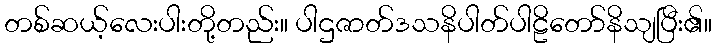
တစ်ဆယ့်လေးပါးတို့တည်း။ ပါဌဇာတ်ဒသနိပါတ်ပါဠိတော်နိသျပြီး၏။